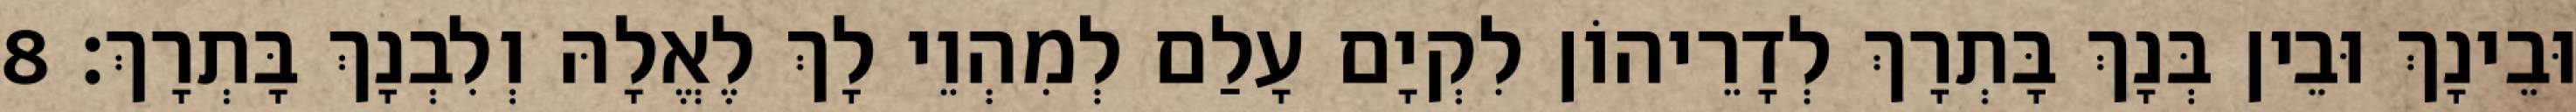
וּבֵינָךְ וּבֵין בְּנָךְ בָּתְרָךְ לְדָרֵיהוֹן לִקְיָם עָלַם לְמִהְוֵי לָךְ לֶאֱלָהּ וְלִבְנָךְ בָּתְרָךְ׃ 8